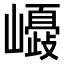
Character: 𡾂